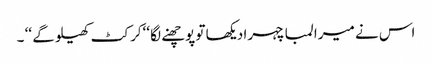
اس نے میرا لمبا چہرا دیکھا تو پوچھنے لگا ‘‘کرکٹ کھیلو گے ‘‘ ۔